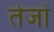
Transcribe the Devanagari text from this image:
तेजों